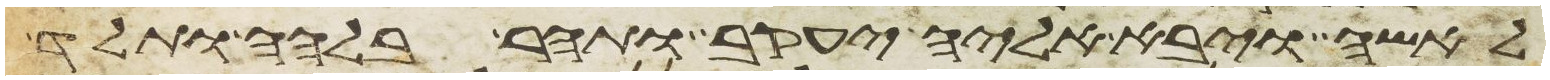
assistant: לאשה ויבא אליה יעקב ותהר בלהה ותלד